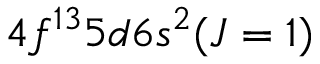
4 f ^ { 1 3 } 5 d 6 s ^ { 2 } ( J = 1 )